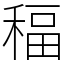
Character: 稫